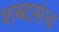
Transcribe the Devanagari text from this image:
शब्दसंच